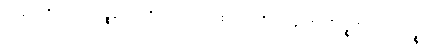
ဥပါယေဟိ ပရေသံ ဝဉ္စနံ။ တတြိဒမေကံ ဝတ္ထု ဧကော ကိရ လုဒ္ဒကော မိဂဉ္စ မိဂပေါတကဉ္စ